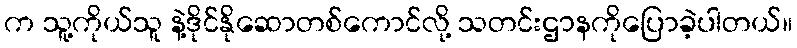
က သူ့ကိုယ်သူ နဲ့ဒိုင်နိုဆောတစ်ကောင်လို့ သတင်းဌာနကိုပြောခဲ့ပါတယ်။